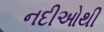
નદીઓથી